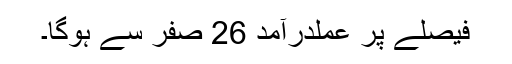
فیصلے پر عملدرآمد 26 صفر سے ہوگا۔